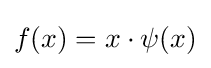
f(x)=x\cdot \psi (x)